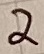
Text: 2